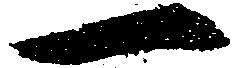
一